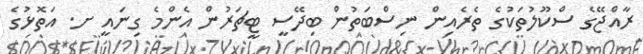
ރާއްޖޭގެ ސްކޫލުތަކުގެ ތެެރެއިން ނިސްބަތުން ބިދޭސީ ޓީޗަރުން އެންމެ ގިނައީ ށ. އަތޮޅުގެ